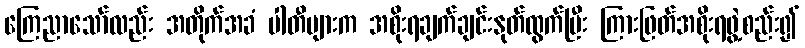
ကြေညာသော်လည်း အတိုက်အခံ ပါတီများက အစိုးရချက်ချင်းနုတ်ထွက်ပြီး ကြားဖြတ်အစိုးရဖွဲ့စည်း၍